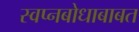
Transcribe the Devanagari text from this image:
स्वप्नबोधाबाबत